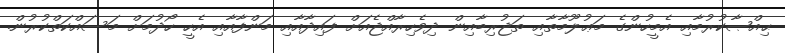
ޙިއްޞާކުރުމާއި އެމީހުންގެ މަޢުލޫމާތާއި ތަޖުރިބާއިން ދިވެހިރާއްޖެއަށް ފައިދާއާއި މަންފާއާއި އެހީ ހޯދުމަށް މަސައްކަތްކުރުން.